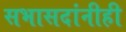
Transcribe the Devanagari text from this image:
सभासदांनीही